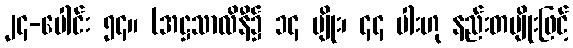
၂၄-ပေါင်း ၅၄။ (အဋ္ဌသာလိနီ၌ ၁၄ မျိုး၊ ၄၄ ပါးဟု နည်းတမျိုးဖြင့်